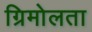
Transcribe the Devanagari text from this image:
ग्रिमोलता